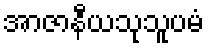
အာဇာနီယသုသူပမံ